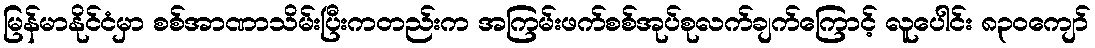
မြန်မာနိုင်ငံမှာ စစ်အာဏာသိမ်းပြီးကတည်းက အကြမ်းဖက်စစ်အုပ်စုလက်ချက်ကြောင့် လူပေါင်း ၈၃၀ကျော်